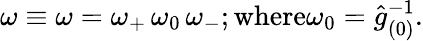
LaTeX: \omega\equiv\omega=\omega_{+}\, \omega_{0}\, \omega_{-};\mathrm{where}\omega_{0}=\hat{g}_{(0)}^{-1}.